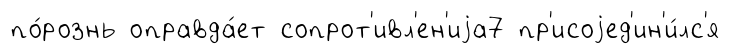
по́рознь оправда́ет сопрот'ивл'ен'иjа7 пр'исоjед'ин'и́лс'я